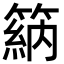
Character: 䈫